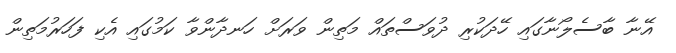
އޭނާ ބާސެލޯނާގައި ހޭދަކުރި ދުވަސްތައް މަތިން ވަރަށް ހަނދާންވާ ކަމުގައި އެކި ފަހަރުމަތިން